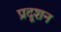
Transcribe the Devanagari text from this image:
प्रदूशन